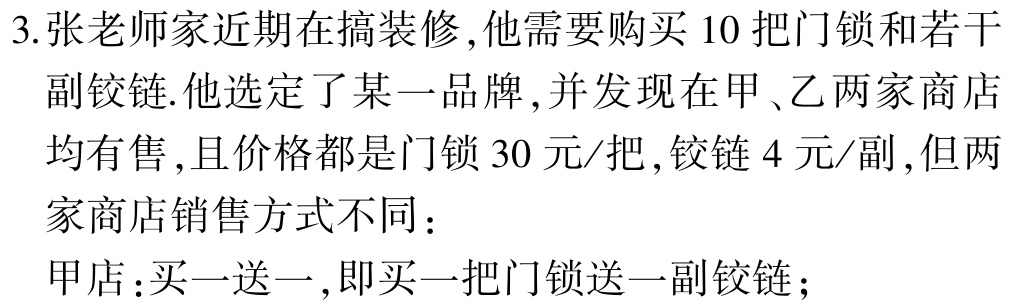
3.张老师家近期在搞装修,他需要购买 10 把门锁和若干
副铰链.他选定了某一品牌,并发现在甲、乙两家商店
均有售,且价格都是门锁 30 元/把,铰链 4 元/副,但两
家商店销售方式不同：
甲店：买一送一,即买一把门锁送一副铰链；